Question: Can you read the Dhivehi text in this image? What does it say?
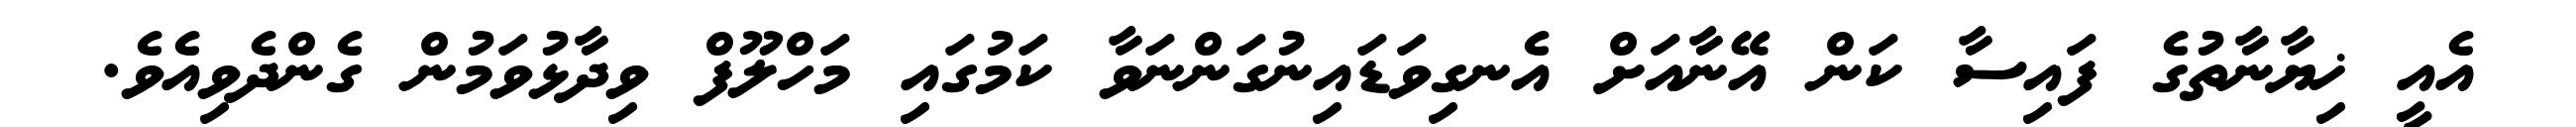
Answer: އެއީ ޚިޔާނާތުގެ ފައިސާ ކަން އޭނާއަށް އެނގިވަޑައިނުގަންނަވާ ކަމުގައި މަހްލޫފް ވިދާޅުވަމުން ގެންދެވިއެވެ.